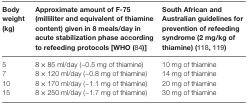
| Body weight (kg) | Approximate amount of F-75 (milliliter and equivalent of thiamine content) given in 8 meals/day in acute stabilization phase according to refeeding protocols [WHO (84)] | South African and Australian guidelines for prevention of refeeding syndrome (2 mg/kg of thiamine) (118, 119) |
 | --- | --- | --- |
 | 5 | 8 × 85 ml/day (~0.5 mg of thiamine) | 10 mg of thiamine |
 | 7 | 8 × 120 ml/day (~0.8 mg of thiamine) | 14 mg of thiamine |
 | 10 | 8 × 170 ml/day (~1.1 mg of thiamine) | 20 mg of thiamine |
 | 15 | 8 × 250 ml/day (~1.7 mg of thiamine) | 30 mg of thiamine |